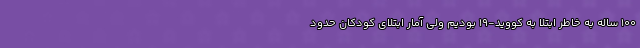
۱۰۰ ساله به خاطر ابتلا به کووید-۱۹ بودیم ولی آمار ابتلای کودکان حدود